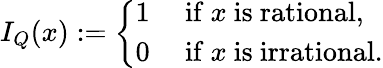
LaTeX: I_{Q}(x):={\left\{ \begin{array}{ll}{1}&{{\mathrm{~if~}}x{\mathrm{~is~rational}},}\\ {0}&{{\mathrm{~if~}}x{\mathrm{~is~irrational}}.}\end{array}\right.}